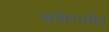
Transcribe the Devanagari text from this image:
अखेरपर्येत